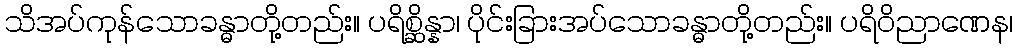
သိအပ်ကုန်သောခန္ဓာတို့တည်း။ ပရိစ္ဆိန္နာ၊ ပိုင်းခြားအပ်သောခန္ဓာတို့တည်း။ ပရိဝိညာဏေန၊